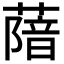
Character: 𦺼